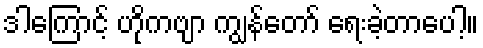
ဒါကြောင့် ဟိုကဗျာ ကျွန်တော် ရေးခဲ့တာပေါ့။